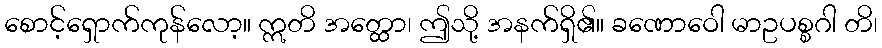
စောင့်ရှောက်ကုန်လော့။ ဣတိ အတ္ထော၊ ဤသို့ အနက်ရှိ၏။ ခဏောဝေါ မာဥပစ္စဂါ တိ၊